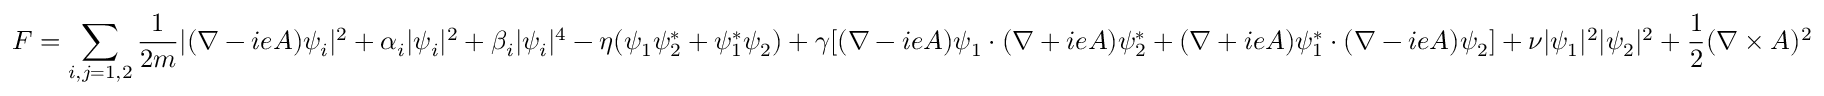
F = \sum _ { i , j = 1 , 2 } { \frac { 1 } { 2 m } } | ( \nabla - i e A ) \psi _ { i } | ^ { 2 } + \alpha _ { i } | \psi _ { i } | ^ { 2 } + \beta _ { i } | \psi _ { i } | ^ { 4 } - \eta ( \psi _ { 1 } \psi _ { 2 } ^ { * } + \psi _ { 1 } ^ { * } \psi _ { 2 } ) + \gamma [ ( \nabla - i e A ) \psi _ { 1 } \cdot ( \nabla + i e A ) \psi _ { 2 } ^ { * } + ( \nabla + i e A ) \psi _ { 1 } ^ { * } \cdot ( \nabla - i e A ) \psi _ { 2 } ] + \nu | \psi _ { 1 } | ^ { 2 } | \psi _ { 2 } | ^ { 2 } + { \frac { 1 } { 2 } } ( \nabla \times A ) ^ { 2 }